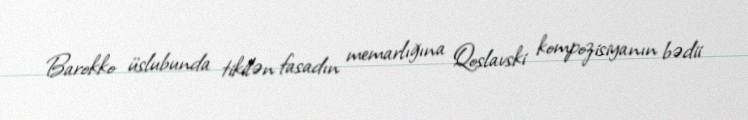
Barokko üslubunda tikilən fasadın memarlığına Qoslavski kompozisiyanın bədii